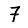
Digit: 7